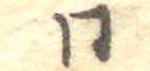
同